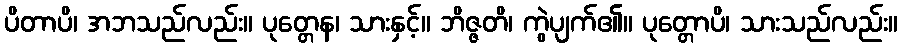
ပိတာပိ၊ အဘသည်လည်း။ ပုတ္တေန၊ သားနှင့်။ ဘိဇ္ဇတိ၊ ကွဲပျက်၏။ ပုတ္တောပိ၊ သားသည်လည်း။